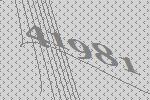
41981